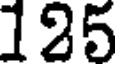
125